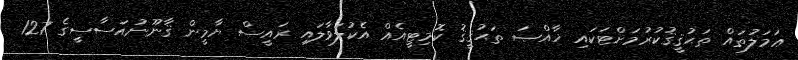
ޢަމަލުތައް ތަޙުޤީޤުކުރުމަށްޓަކައި ޚާއްޞަ ތަޙުޤީޤު ކޮމިޓީއެއް އެކުލަވާލައި ރައީސް ޔާމީން ޤާނޫނުއަސާސީގެ 127